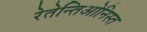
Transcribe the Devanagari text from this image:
रेतेन्तिओनिस्त